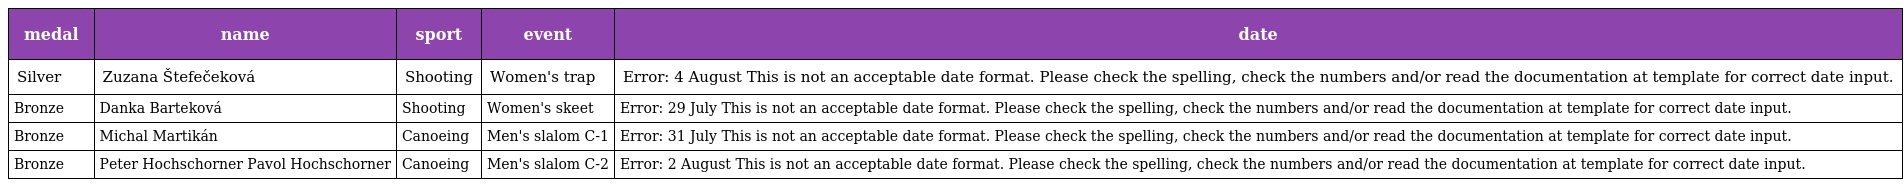
| medal | name | sport | event | date |
 | --- | --- | --- | --- | --- |
 | Silver | Zuzana Štefečeková | Shooting | Women's trap | Error: 4 August This is not an acceptable date format. Please check the spelling, check the numbers and/or read the documentation at template for correct date input. |
 | Bronze | Danka Barteková | Shooting | Women's skeet | Error: 29 July This is not an acceptable date format. Please check the spelling, check the numbers and/or read the documentation at template for correct date input. |
 | Bronze | Michal Martikán | Canoeing | Men's slalom C-1 | Error: 31 July This is not an acceptable date format. Please check the spelling, check the numbers and/or read the documentation at template for correct date input. |
 | Bronze | Peter Hochschorner Pavol Hochschorner | Canoeing | Men's slalom C-2 | Error: 2 August This is not an acceptable date format. Please check the spelling, check the numbers and/or read the documentation at template for correct date input. |